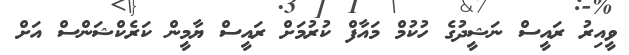
ވީއިރު ރައީސް ނަޝީދުގެ ހުކުމް މައާފް ކުރުމަށް ރައީސް ޔާމީން ކަރެކްޝަންސް އަށް